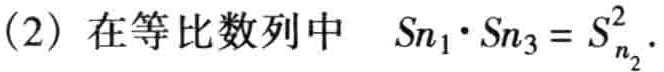
(2) 在等比数列中 \(S_{n_1}\cdot S_{n_3}=S_{n_2}^2\).